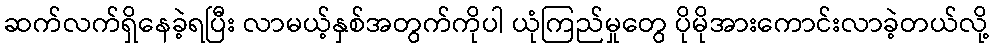
ဆက်လက်ရှိနေခဲ့ရပြီး လာမယ့်နှစ်အတွက်ကိုပါ ယုံကြည်မှုတွေ ပိုမိုအားကောင်းလာခဲ့တယ်လို့